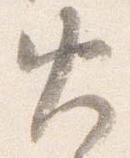
火